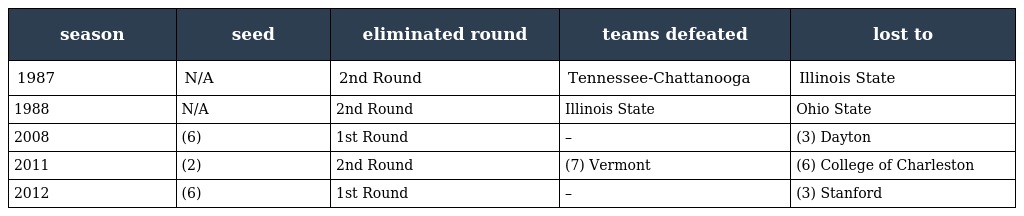
| season | seed | eliminated round | teams defeated | lost to |
 | --- | --- | --- | --- | --- |
 | 1987 | N/A | 2nd Round | Tennessee-Chattanooga | Illinois State |
 | 1988 | N/A | 2nd Round | Illinois State | Ohio State |
 | 2008 | (6) | 1st Round | – | (3) Dayton |
 | 2011 | (2) | 2nd Round | (7) Vermont | (6) College of Charleston |
 | 2012 | (6) | 1st Round | – | (3) Stanford |